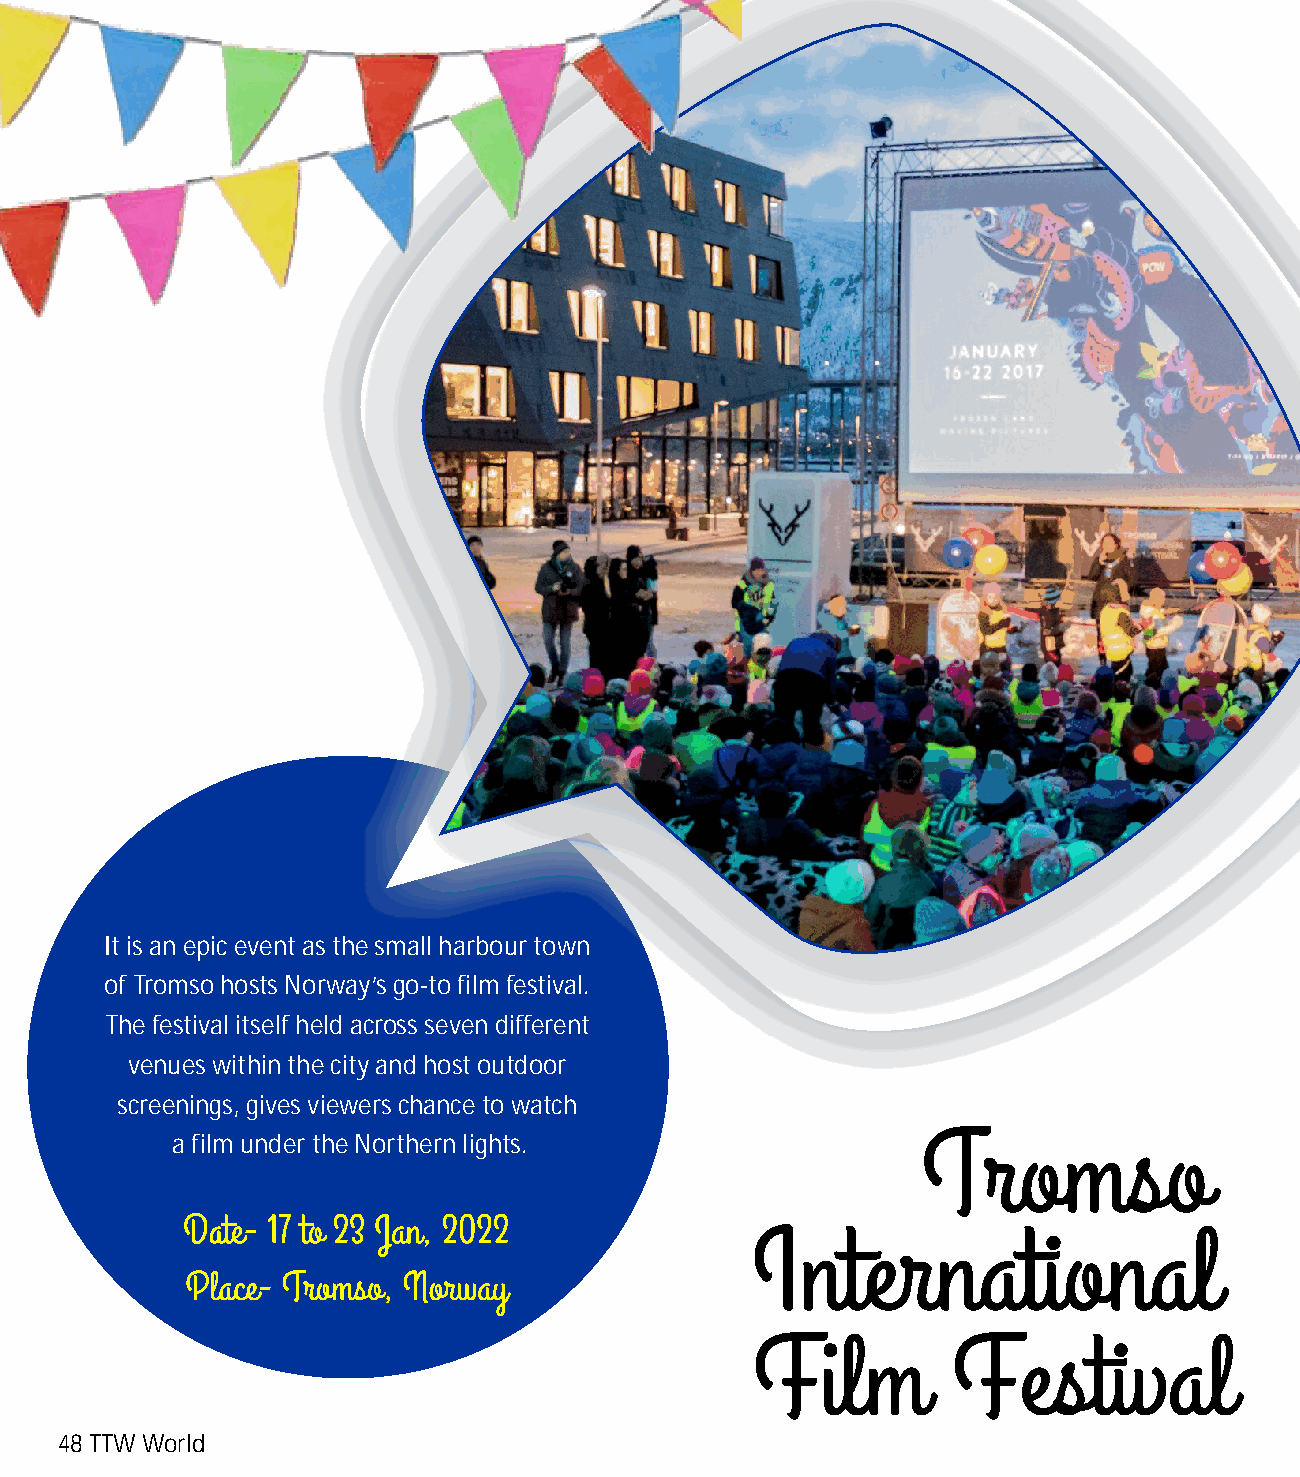
It is an epic event as the small harbour town
 of Tromso hosts Norway’s go-to film festival.
 The festival itself held across seven different
 venues within the city and host outdoor
 screenings, gives viewers chance to watch
 a film under the Northern lights.
 48 TTW World